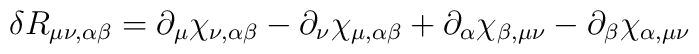
\delta R_{\mu\nu,\alpha\beta} = \partial_\mu \chi_{\nu,\alpha\beta}- \partial_\nu \chi_{\mu,\alpha\beta} + \partial_\alpha\chi_{\beta,\mu\nu} - \partial_\beta \chi_{\alpha,\mu\nu}